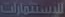
للاستمارات